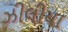
ઝીલીયા